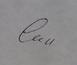
Signature authenticity: genuine